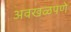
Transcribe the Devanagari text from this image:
अवखळपणे